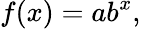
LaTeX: f(x)=ab^{x},